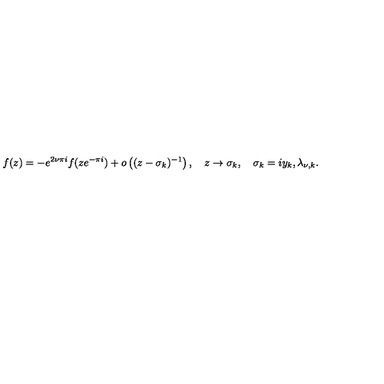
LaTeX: f ( z ) = - e ^ { 2 \nu \pi i } f ( z e ^ { - \pi i } ) + o \left( ( z - \sigma _ { k } ) ^ { - 1 } \right) , \quad z \to \sigma _ { k } , \quad \sigma _ { k } = i y _ { k } , \lambda _ { \nu , k } .